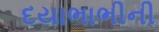
દયાભાભીની